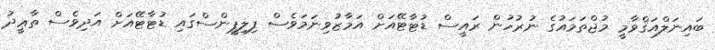
ބައިނަލްއަޤްވާމީ މުޖްތަމައުގެ ނުރުހުން ރައީސް ޑުޓާޓޭއަށް އަމާޒުވިނަމަވެސް ފިލިޕީންސްގައި ޑުޓާޓޭއަށް އަދިވެސް ތާޢީދު